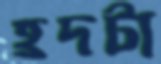
হ্রদটা